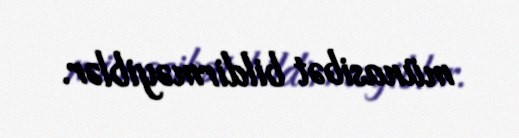
münasibət bildirməyiblər.